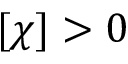
[ \chi ] > 0